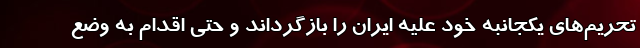
تحریم‌های یکجانبه خود علیه ایران را بازگرداند و حتی اقدام به وضع